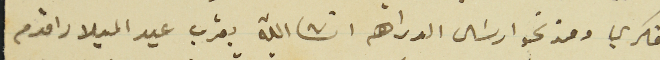
فكري ومند نحو ارسًال الدراهم انشالله بقرب عيد الميلاد اقدم